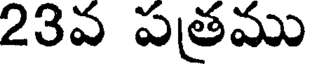
23వ పతము